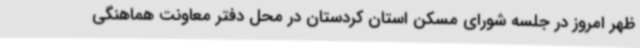
ظهر امروز در جلسه شورای مسکن استان کردستان در محل دفتر معاونت هماهنگی